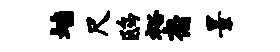
墙尺鸱裕裔景